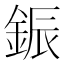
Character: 鋠